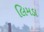
લિમડા